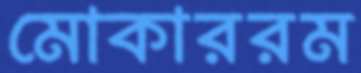
মোকাররম